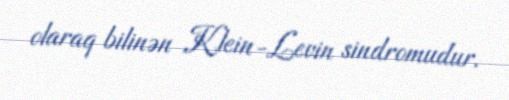
olaraq bilinən Klein-Levin sindromudur.